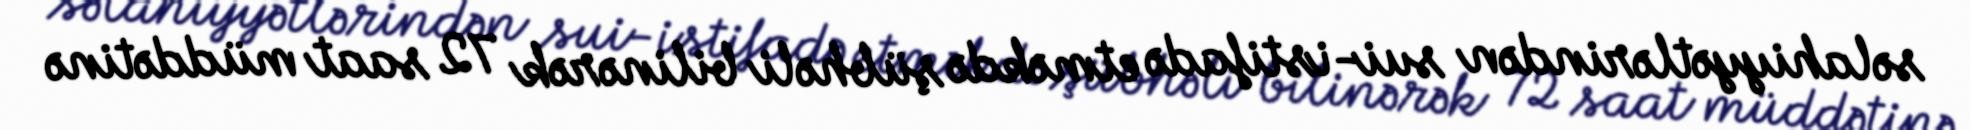
səlahiyyətlərindən sui-istifadə etməkdə şübhəli bilinərək 72 saat müddətinə